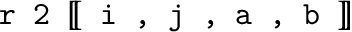
\texttt { r 2 } [ \! [ \texttt { i , j , a , b } ] \! ]